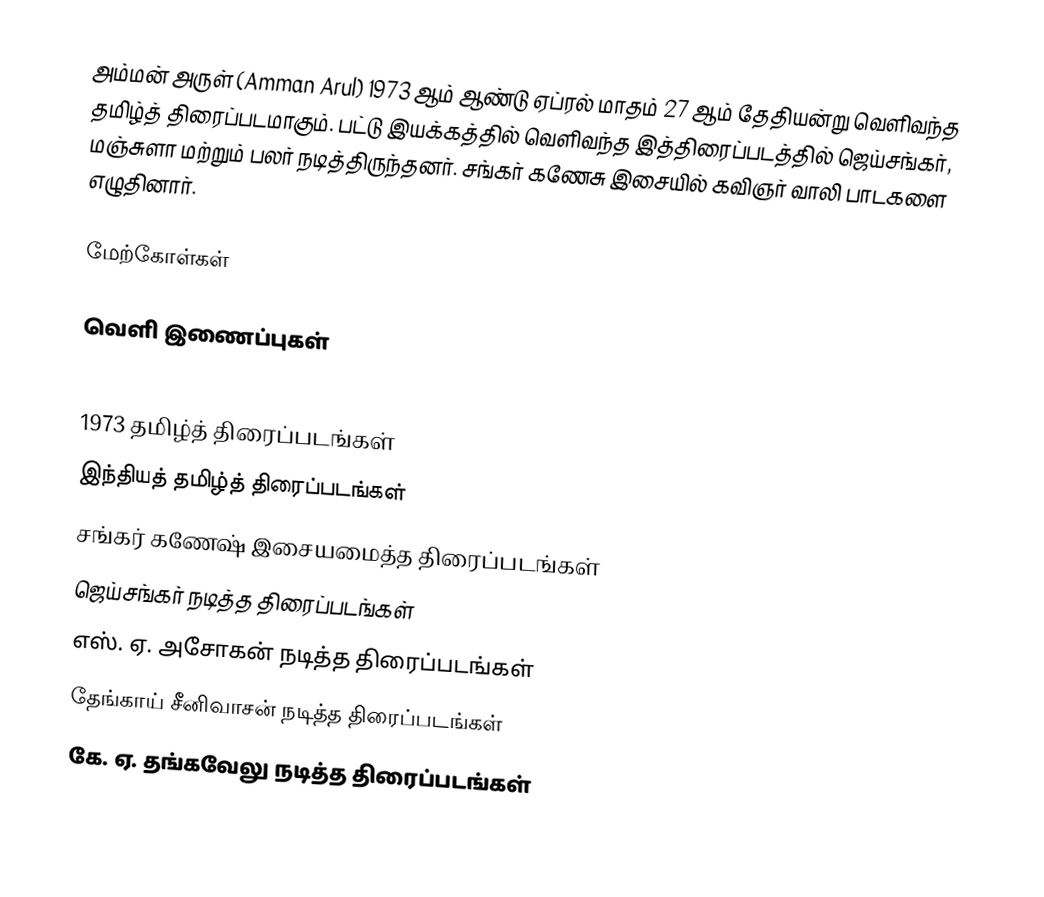
அம்மன் அருள் (Amman Arul) 1973 ஆம் ஆண்டு ஏப்ரல் மாதம் 27 ஆம் தேதியன்று வெளிவந்த தமிழ்த் திரைப்படமாகும். பட்டு இயக்கத்தில் வெளிவந்த இத்திரைப்படத்தில் ஜெய்சங்கர், மஞ்சுளா மற்றும் பலர் நடித்திருந்தனர். சங்கர் கணேசு இசையில் கவிஞர் வாலி பாடகளை எழுதினார்.

மேற்கோள்கள்

வெளி இணைப்புகள்

1973 தமிழ்த் திரைப்படங்கள்
இந்தியத் தமிழ்த் திரைப்படங்கள்
சங்கர் கணேஷ் இசையமைத்த திரைப்படங்கள்
ஜெய்சங்கர் நடித்த திரைப்படங்கள்
எஸ். ஏ. அசோகன் நடித்த திரைப்படங்கள்
தேங்காய் சீனிவாசன் நடித்த திரைப்படங்கள்
கே. ஏ. தங்கவேலு நடித்த திரைப்படங்கள்